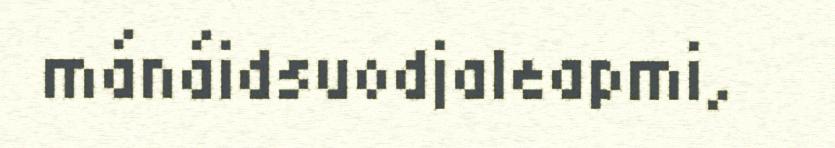
mánáidsuodjaleapmi,